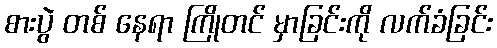
စားပွဲ တစ် နေရာ ကြိုတင် မှာခြင်းကို လက်ခံခြင်း